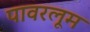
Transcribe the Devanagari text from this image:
पावरलूम